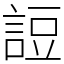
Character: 䛠